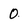
Character: 0